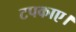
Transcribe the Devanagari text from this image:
टपकाए।